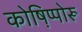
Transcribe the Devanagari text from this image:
कोष़िप्पोरू